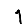
Digit: 1